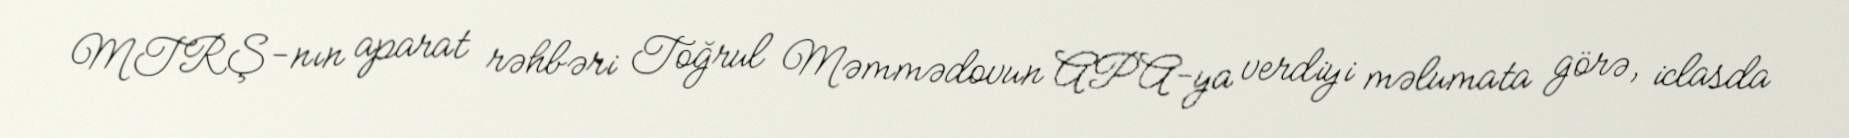
MTRŞ-nın aparat rəhbəri Toğrul Məmmədovun APA-ya verdiyi məlumata görə, iclasda